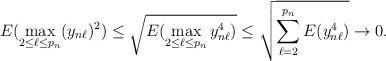
LaTeX: \begin{align*}E(\max_{2\le \ell\le p_n}(y_{n\ell})^2)\le \sqrt{E(\max_{2\le \ell\le p_n}y_{n\ell}^4)}\le \sqrt{\sum^{p_n}_{\ell=2}E(y_{n\ell}^4)}\to 0.\end{align*}